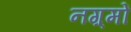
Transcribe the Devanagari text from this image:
नग़्मों